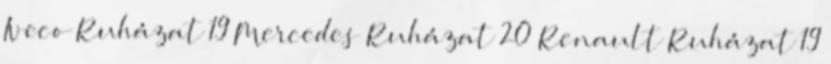
Iveco Ruházat 19 Mercedes Ruházat 20 Renault Ruházat 19